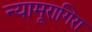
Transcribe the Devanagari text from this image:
न्यामूरागिरा